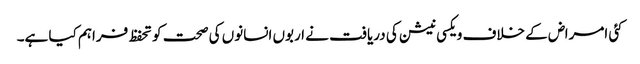
کئی امراض کے خلاف ویکسی نیشن کی دریافت نے اربوں انسانوں کی صحت کو تحفظ فراہم کیا ہے۔